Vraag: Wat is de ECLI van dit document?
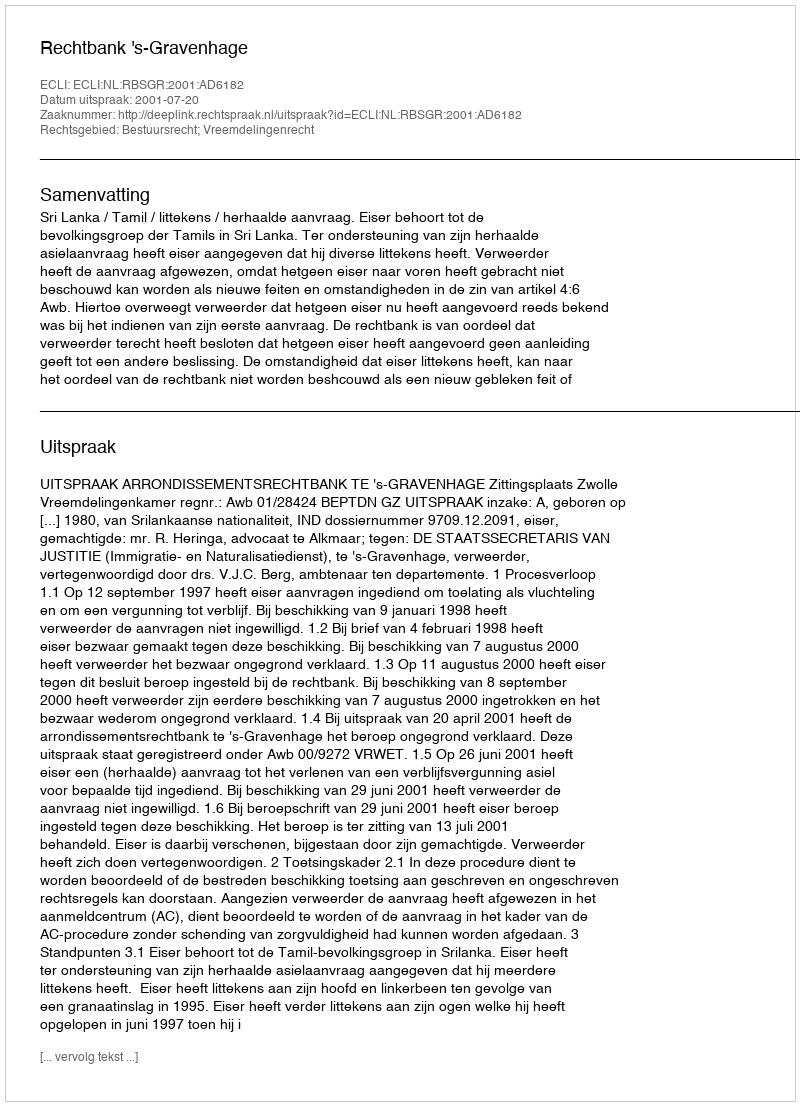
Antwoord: ECLI:NL:RBSGR:2001:AD6182